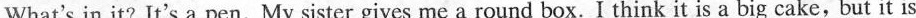
What's in it? It's a pen. My sister gives me a round box.I think it is a big cake,but it is